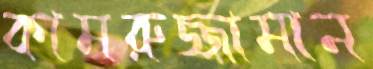
কামরুজ্জামান